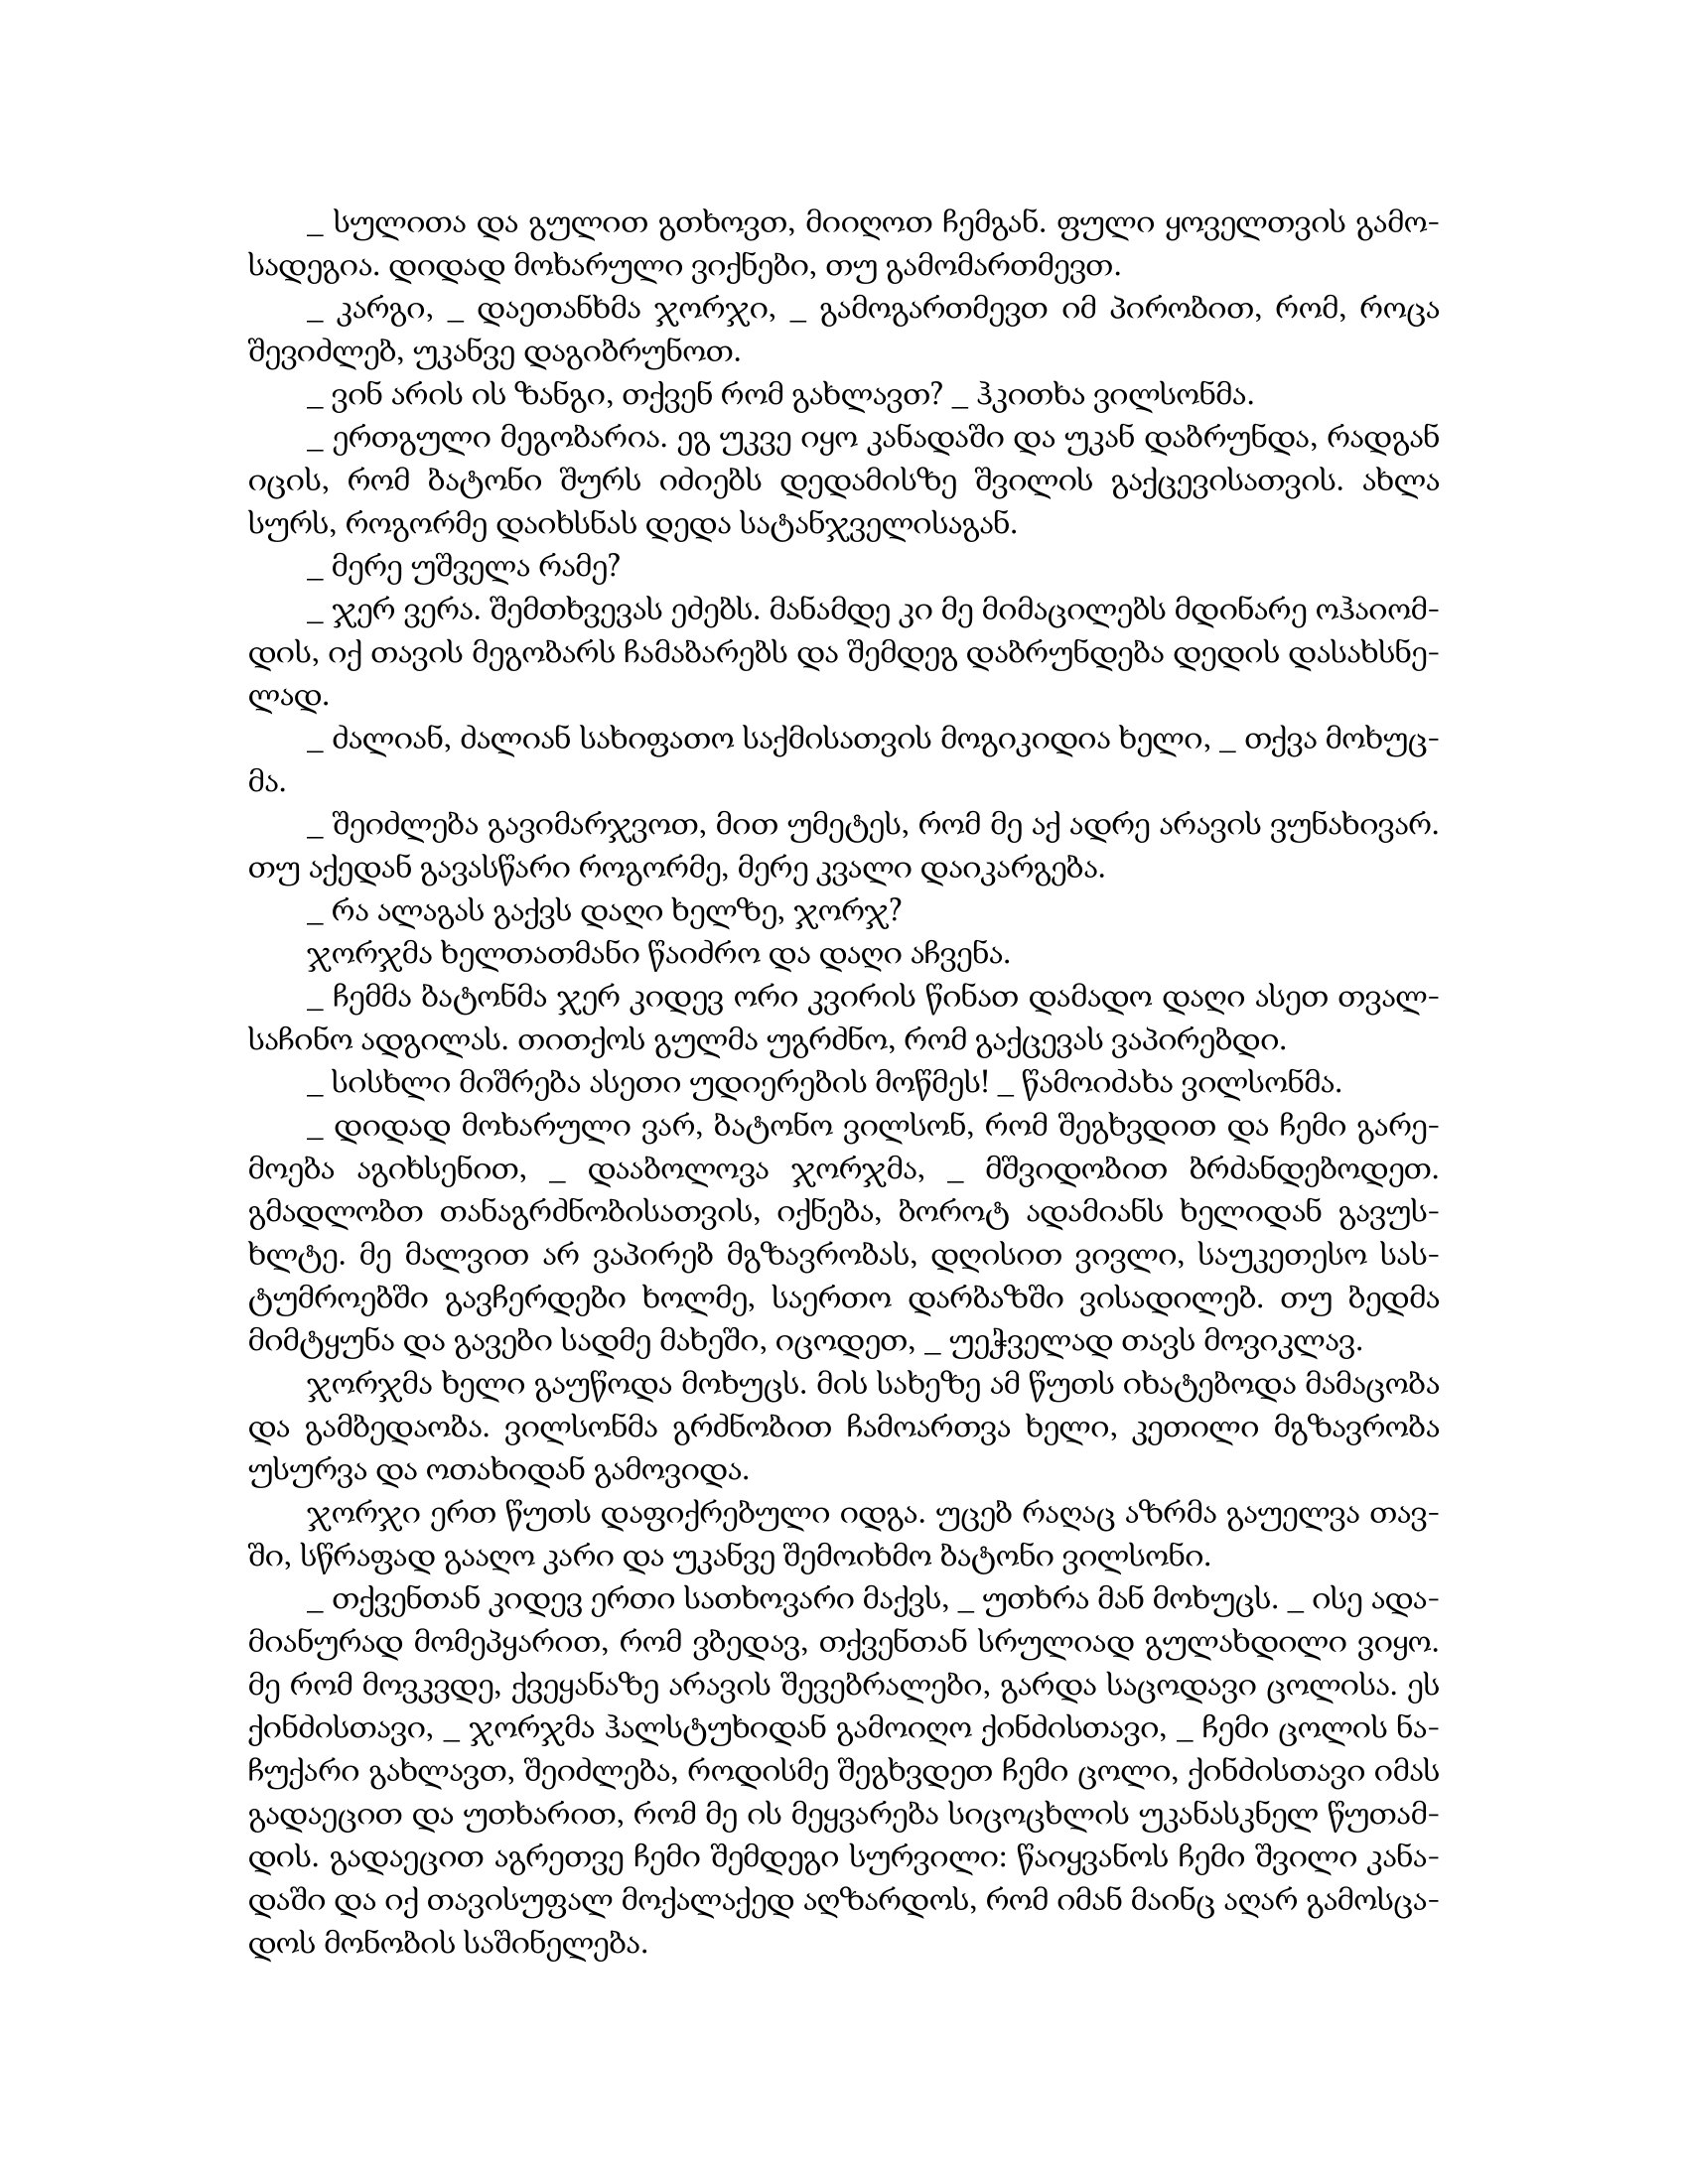
Language: gr